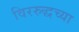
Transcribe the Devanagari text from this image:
विररुद्धच्या